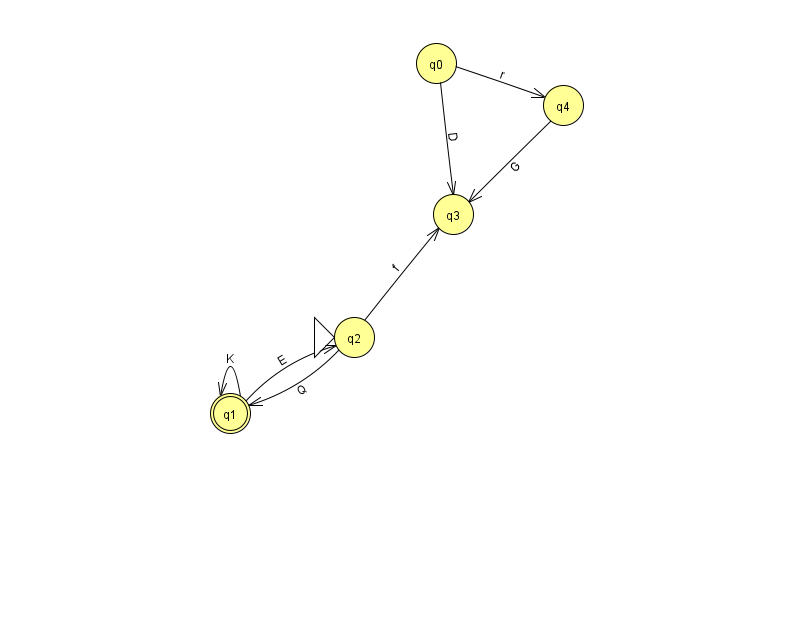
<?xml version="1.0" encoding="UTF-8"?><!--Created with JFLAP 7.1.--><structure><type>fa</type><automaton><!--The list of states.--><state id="0" name="q0"><x>436.0</x><y>50.0</y></state><state id="1" name="q1"><x>230.0</x><y>400.0</y><final/></state><state id="2" name="q2"><x>354.0</x><y>324.0</y><initial/></state><state id="3" name="q3"><x>453.0</x><y>201.0</y></state><state id="4" name="q4"><x>563.0</x><y>92.0</y></state><!--The list of transitions.--><transition><from>0</from><to>3</to><read>D</read></transition><transition><from>2</from><to>3</to><read>f</read></transition><transition><from>2</from><to>1</to><read>Q</read></transition><transition><from>1</from><to>1</to><read>K</read></transition><transition><from>0</from><to>4</to><read>r</read></transition><transition><from>4</from><to>3</to><read>G</read></transition><transition><from>1</from><to>2</to><read>E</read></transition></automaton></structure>